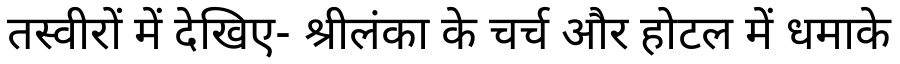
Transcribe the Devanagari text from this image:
तस्वीरों में देखिए- श्रीलंका के चर्च और होटल में धमाके